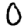
Digit: 0